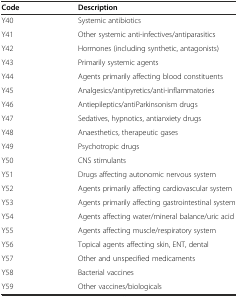
<table><thead><tr><td><b>Code</b></td><td><b>Description</b></td></tr></thead><tbody><tr><td>Y40</td><td>Systemic antibiotics</td></tr><tr><td>Y41</td><td>Other systemic anti-infectives/antiparasitics</td></tr><tr><td>Y42</td><td>Hormones (including synthetic, antagonists)</td></tr><tr><td>Y43</td><td>Primarily systemic agents</td></tr><tr><td>Y44</td><td>Agents primarily affecting blood constituents</td></tr><tr><td>Y45</td><td>Analgesics/antipyretics/anti-inflammatories</td></tr><tr><td>Y46</td><td>Antiepileptics/antiParkinsonism drugs</td></tr><tr><td>Y47</td><td>Sedatives, hypnotics, antianxiety drugs</td></tr><tr><td>Y48</td><td>Anaesthetics, therapeutic gases</td></tr><tr><td>Y49</td><td>Psychotropic drugs</td></tr><tr><td>Y50</td><td>CNS stimulants</td></tr><tr><td>Y51</td><td>Drugs affecting autonomic nervous system</td></tr><tr><td>Y52</td><td>Agents primarily affecting cardiovascular system</td></tr><tr><td>Y53</td><td>Agents primarily affecting gastrointestinal system</td></tr><tr><td>Y54</td><td>Agents affecting water/mineral balance/uric acid</td></tr><tr><td>Y55</td><td>Agents affecting muscle/respiratory system</td></tr><tr><td>Y56</td><td>Topical agents affecting skin, ENT, dental</td></tr><tr><td>Y57</td><td>Other and unspecified medicaments</td></tr><tr><td>Y58</td><td>Bacterial vaccines</td></tr><tr><td>Y59</td><td>Other vaccines/biologicals</td></tr></tbody></table>